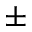
\pm